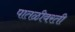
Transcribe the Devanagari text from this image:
पातळीवरती